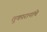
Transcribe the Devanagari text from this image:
तुकारानांचे